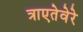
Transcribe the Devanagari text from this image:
त्राएतेवेरे